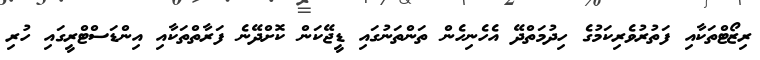
ރިޒޯޓްތަކާއި ފަތުރުވެރިކަމުގެ ހިދުމަތްދޭ އެހެނިހެން ތަންތަނުގައި ޑީޖޭކަން ކޮށްދޭނެ ފަރާތްތަކާއި އިންޑަސްޓްރީގައި ހުރި